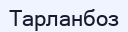
Тарланбоз